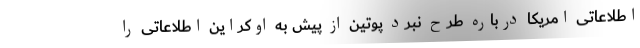
اطلاعاتی امریکا درباره طرح نبرد پوتین از پیش به اوکراین اطلاعاتی را